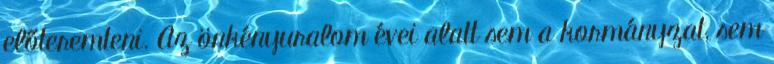
előteremteni. Az önkényuralom évei alatt sem a kormányzat, sem